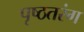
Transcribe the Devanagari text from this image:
पृष्ठतरंग